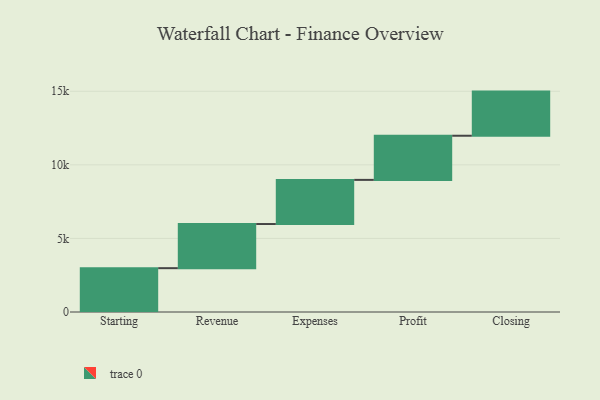
{"axis": {"x": "Step", "y": "Value"}, "legend": [""], "data": [{"x": "Starting", "y": 2979.0, "type": ""}, {"x": "Revenue", "y": 3000, "type": ""}, {"x": "Expenses", "y": 3000, "type": ""}, {"x": "Profit", "y": 3000, "type": ""}, {"x": "Closing", "y": 3000, "type": ""}]}